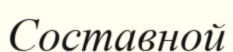
Составной